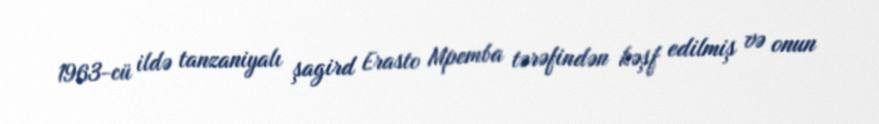
1963-cü ildə tanzaniyalı şagird Erasto Mpemba tərəfindən kəşf edilmiş və onun